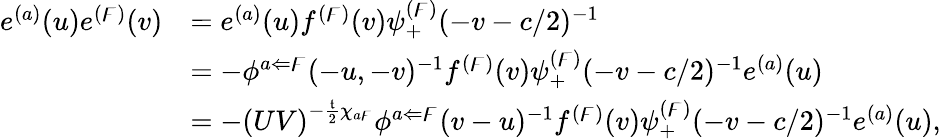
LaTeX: \begin{array}{rl}{e^{(a)}(u)e^{(\digamma)}(v)}&{=e^{(a)}(u)f^{(\digamma)}(v)\psi_{+}^{(\digamma)}(-v-c/2)^{-1}}\\ &{=-\phi^{a\Leftarrow\digamma}(-u,-v)^{-1}f^{(\digamma)}(v)\psi_{+}^{(\digamma)}(-v-c/2)^{-1}e^{(a)}(u)}\\ &{=-\left(UV\right)^{-\frac{\mathfrak{t}}{2}\chi_{a\digamma}}\phi^{a\Leftarrow\digamma}(v-u)^{-1}f^{(\digamma)}(v)\psi_{+}^{(\digamma)}(-v-c/2)^{-1}e^{(a)}(u),}\end{array}